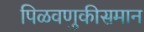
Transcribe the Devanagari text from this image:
पिळवणुकीसमान